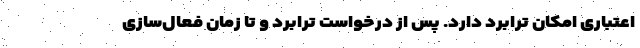
اعتباری امکان ترابرد دارد. پس از درخواست ترابرد و تا زمان فعال‌سازی